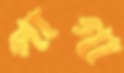
পাগা